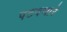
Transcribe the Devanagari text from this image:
पटवणारे